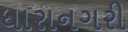
ધારાનગરી